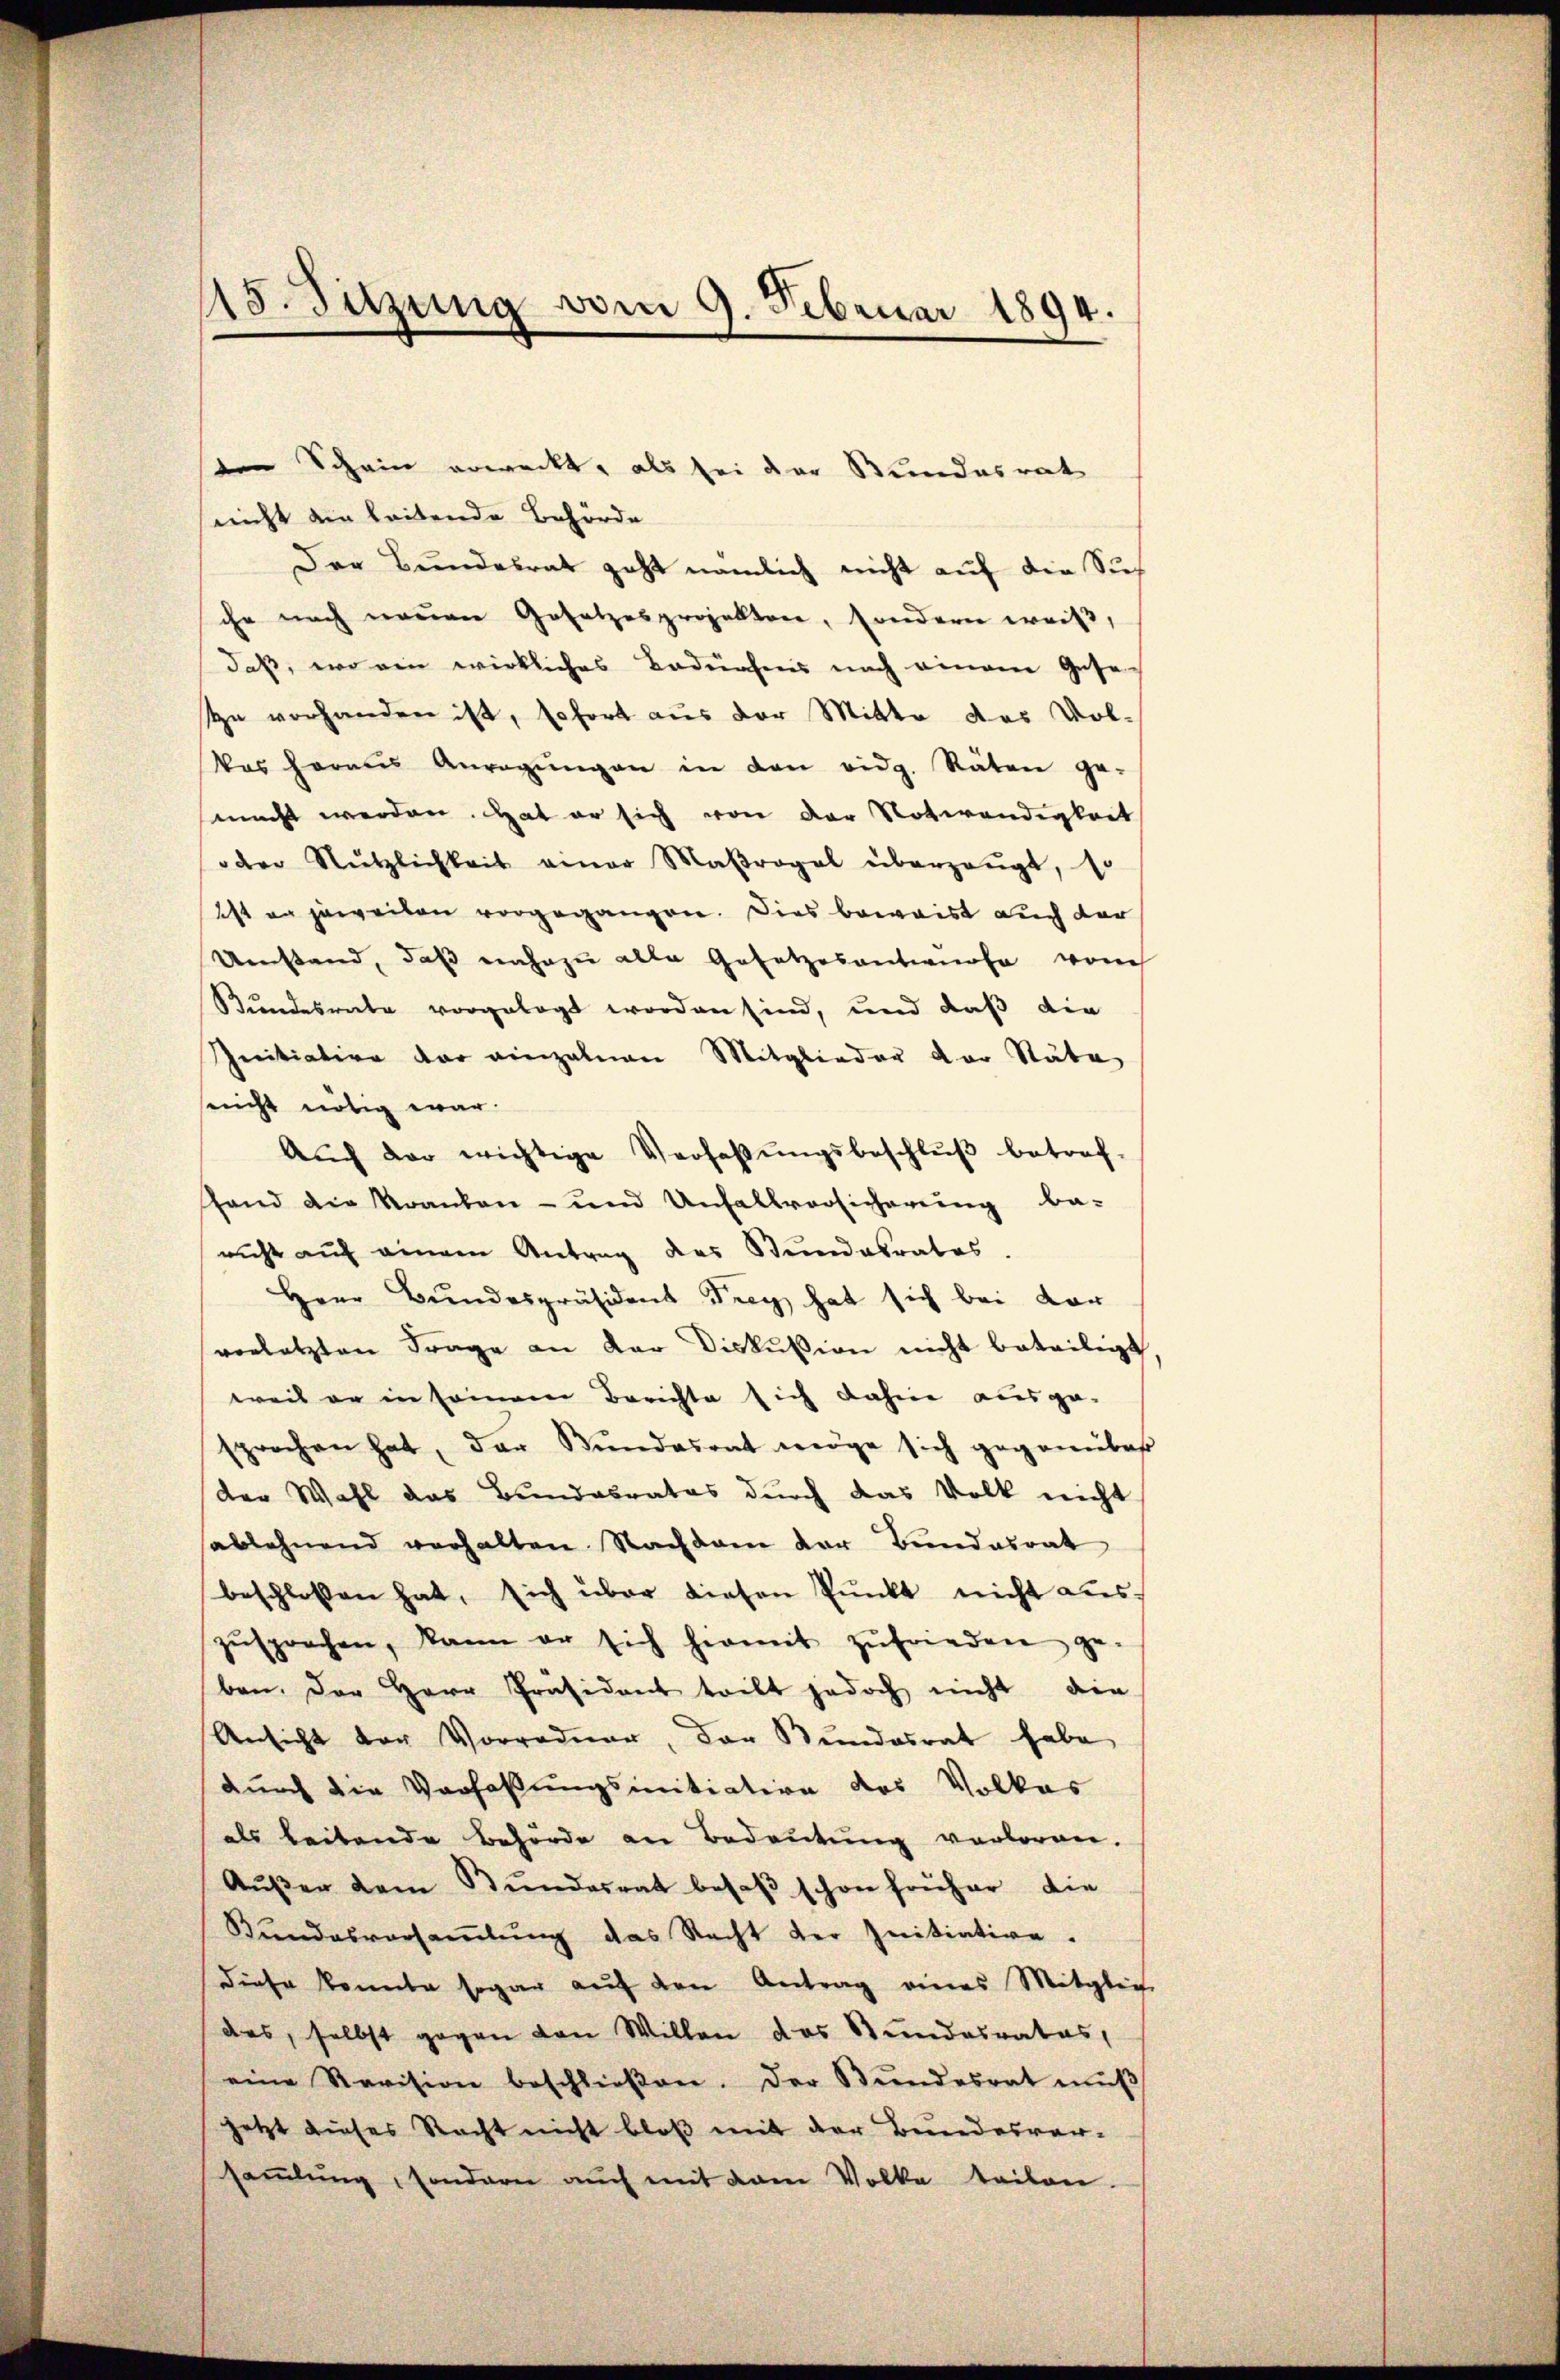
18. Sitzung vom 9. Februar 1894.

ten Schein erweckt, als sei der Kundesrat
snicht ein leitende Behörde
Der Bundesrat geht nämlich nicht auf die Sich
che nach neuen Gesetzesprojekten, sondern weiß,
daß, wo ein wirkliches Bedürfens nach einem Gese-
u vorhanden ist, sofort aus der Mitte das Vol-
kas heraus Anregŭngen in den eidg. Räten ge-
macht werden. Hat er sich von der Notwendigkeit
oder Nützlichkeit einer Maβrogel überzeugt, so
Ist an jeweiben vorgegangen. Dies beweist auch der
Umstand, daß nahezu alle Gesetzesantwurfe von
Bundesrate vorgelegt worden sind, und daß die
Initiation der einzelnen Mitglieder der Stäte
seicht nötig war.
Aŭch der wichtige Verfaβŭngsbeschlŭβ betref-
fand die Kranken- und Unfallvorsicherung be-
richt aŭf einem Antrag des Stŭndesrates.
Herr Bundespräsident Frey hat sich bei dar
verletzten Frage an der Diskussion nicht beteiligt
weil er in seinem Berichte sich dahin ausge-
sprochen hat, der Bŭndasont wege sich gegenüber
der Wahl das Bundesrates durch das Volk nicht
sablehnend verhalten Nachdem der Bundesrat
beschlossen hat, sich über diesen Pŭnkt nicht aus.
zŭsprochen, kann er sich hermit zufrieden ge-
ben. Der Herr Präsident teilt jedoch nicht die
Ansicht der Vorredner, der Bundesrat habe
durch die Verfaßungsmitiation des Volkas
als beitende Behörde an Bedeutung verloren.
Außer dem Bundesrat besaß schon früher die
Bundesversaṁlŭng das Recht der Initiative.
diese konnte sogar aŭf den Antrag eines Mitglich
das, selbst gegen den Willen das Stundesrates,
eine Revision beschlieβen. Der Bŭndesrat mŭβ
jetzt dieses Nacht nicht bloß mit der Bundesversammlung, sondern auch mit dem Volke teilen.